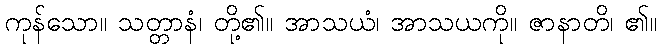
ကုန်သော။ သတ္တာနံ၊ တို့၏။ အာသယံ၊ အာသယကို။ ဇာနာတိ၊ ၏။